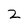
Character: 2